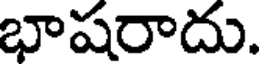
భాషరాదు.